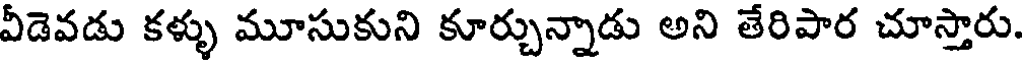
వీడెవడు కళ్ళు మూసుకుని కూర్చున్నాడు అని తేరిపార చూస్తారు.